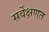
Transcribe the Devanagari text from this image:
सर्वेक्षणत